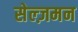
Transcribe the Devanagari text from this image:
सेल्ज़मन